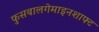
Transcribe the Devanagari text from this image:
फुसबालगेमाइनशाफ्ट